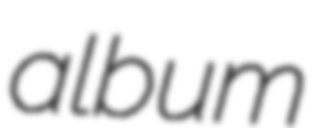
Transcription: album